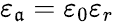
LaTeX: \varepsilon_{\mathfrak{a}}=\varepsilon_{0}\varepsilon_{r}